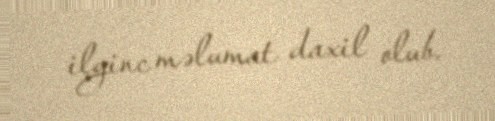
ilginc məlumat daxil olub.